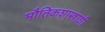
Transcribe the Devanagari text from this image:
भौतिकशास्त्राशी